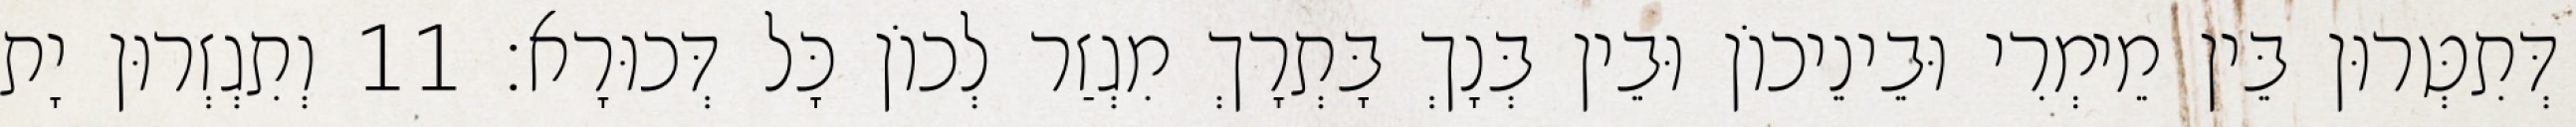
דְּתִטְּרוּן בֵּין מֵימְרִי וּבֵינֵיכוֹן וּבֵין בְּנָךְ בָּתְרָךְ מִגְזַר לְכוֹן כָּל דְּכוּרָא׃ 11 וְתִגְזְרוּן יָת